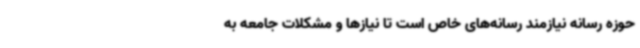
حوزه رسانه نیازمند رسانه‌های خاص است تا نیازها و مشکلات جامعه به‌